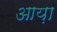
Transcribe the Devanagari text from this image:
आय़ा